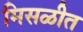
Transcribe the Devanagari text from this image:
मिसळीत